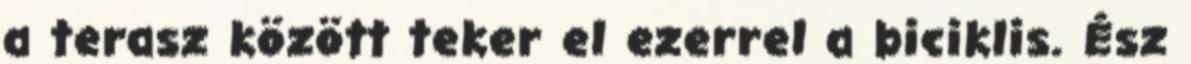
a terasz között teker el ezerrel a biciklis. Ész